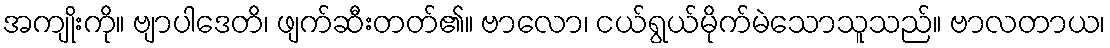
အကျိုးကို။ ဗျာပါဒေတိ၊ ဖျက်ဆီးတတ်၏။ ဗာလော၊ ငယ်ရွယ်မိုက်မဲသောသူသည်။ ဗာလတာယ၊